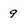
Character: 9